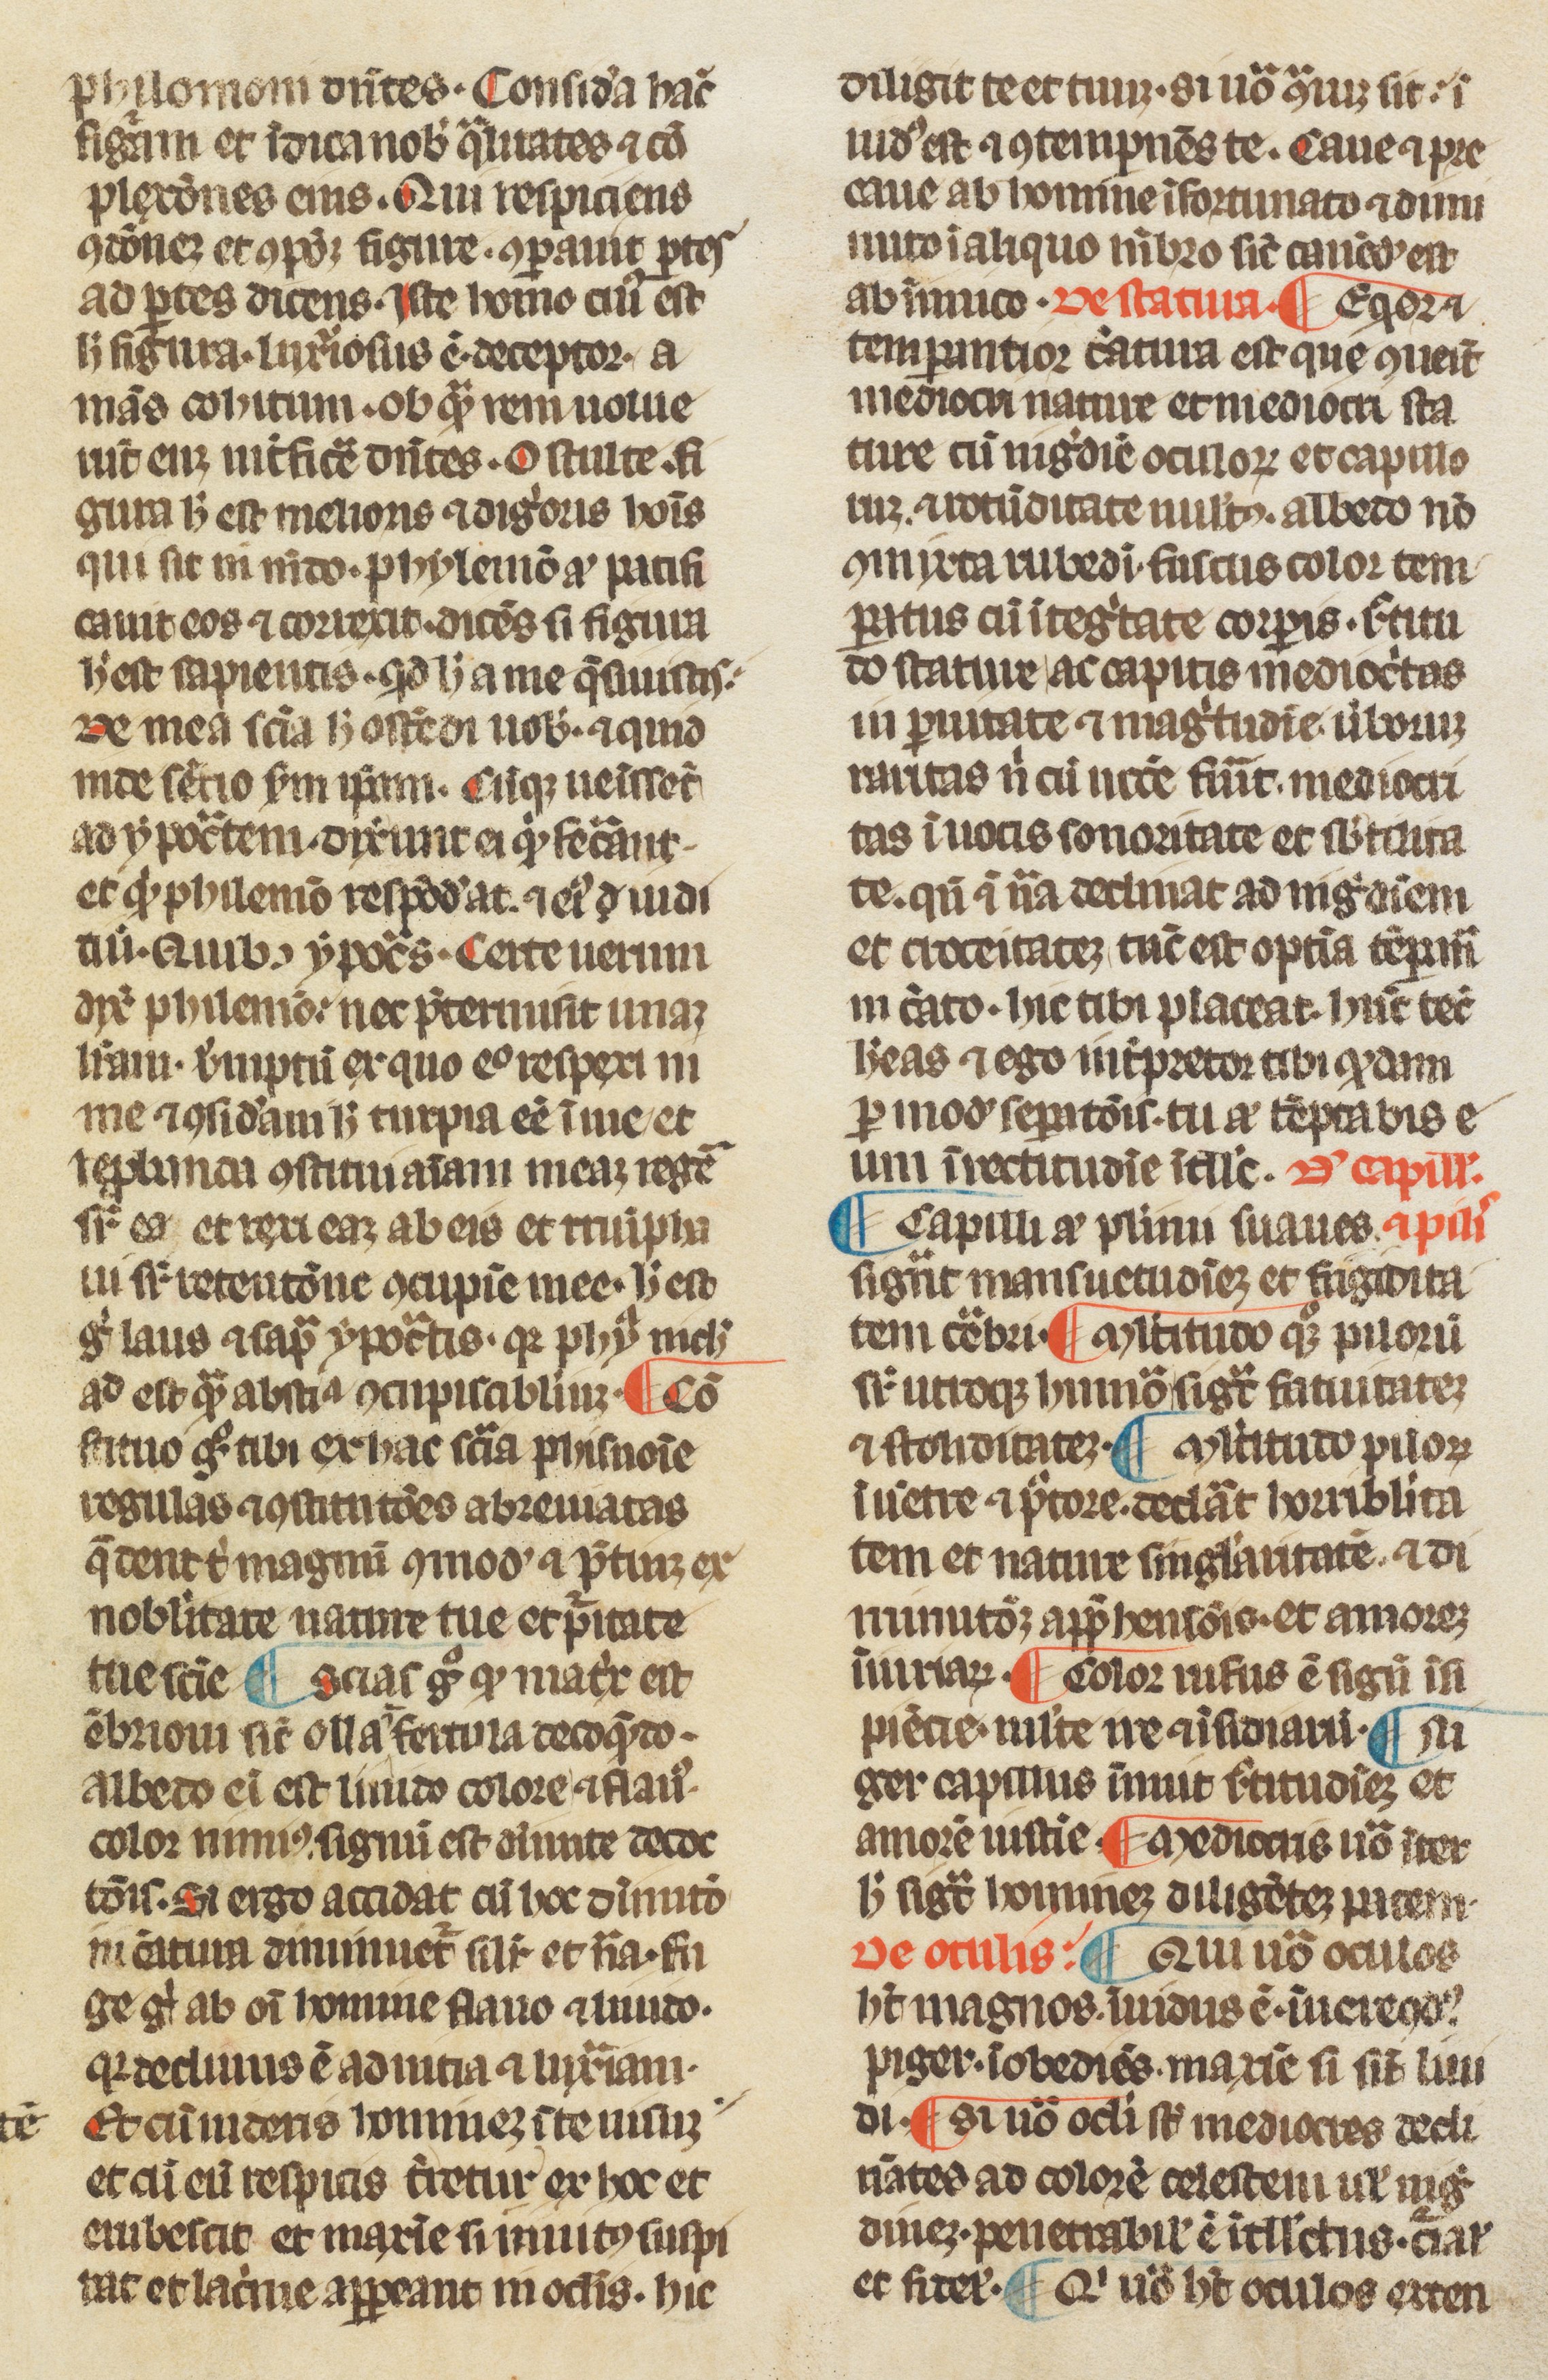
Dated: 1300–1315